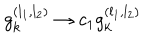
g _ { k } ^ { ( l _ { 1 } , l _ { 2 } ) } \rightarrow c _ { 1 } g _ { k } ^ { ( l _ { 1 } , l _ { 2 } ) }